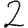
Digit: 2